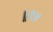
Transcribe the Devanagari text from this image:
॥१४